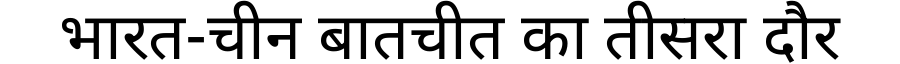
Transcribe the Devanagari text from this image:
भारत-चीन बातचीत का तीसरा दौर